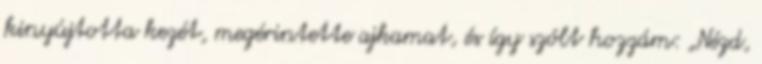
kinyújtotta kezét, megérintette ajkamat, és így szólt hozzám: „Nézd,